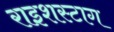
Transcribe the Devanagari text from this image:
राइशस्टाग